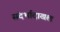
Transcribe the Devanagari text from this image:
संदर्भादाखल